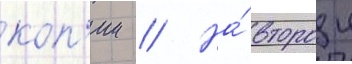
коп'ии // На́ второи